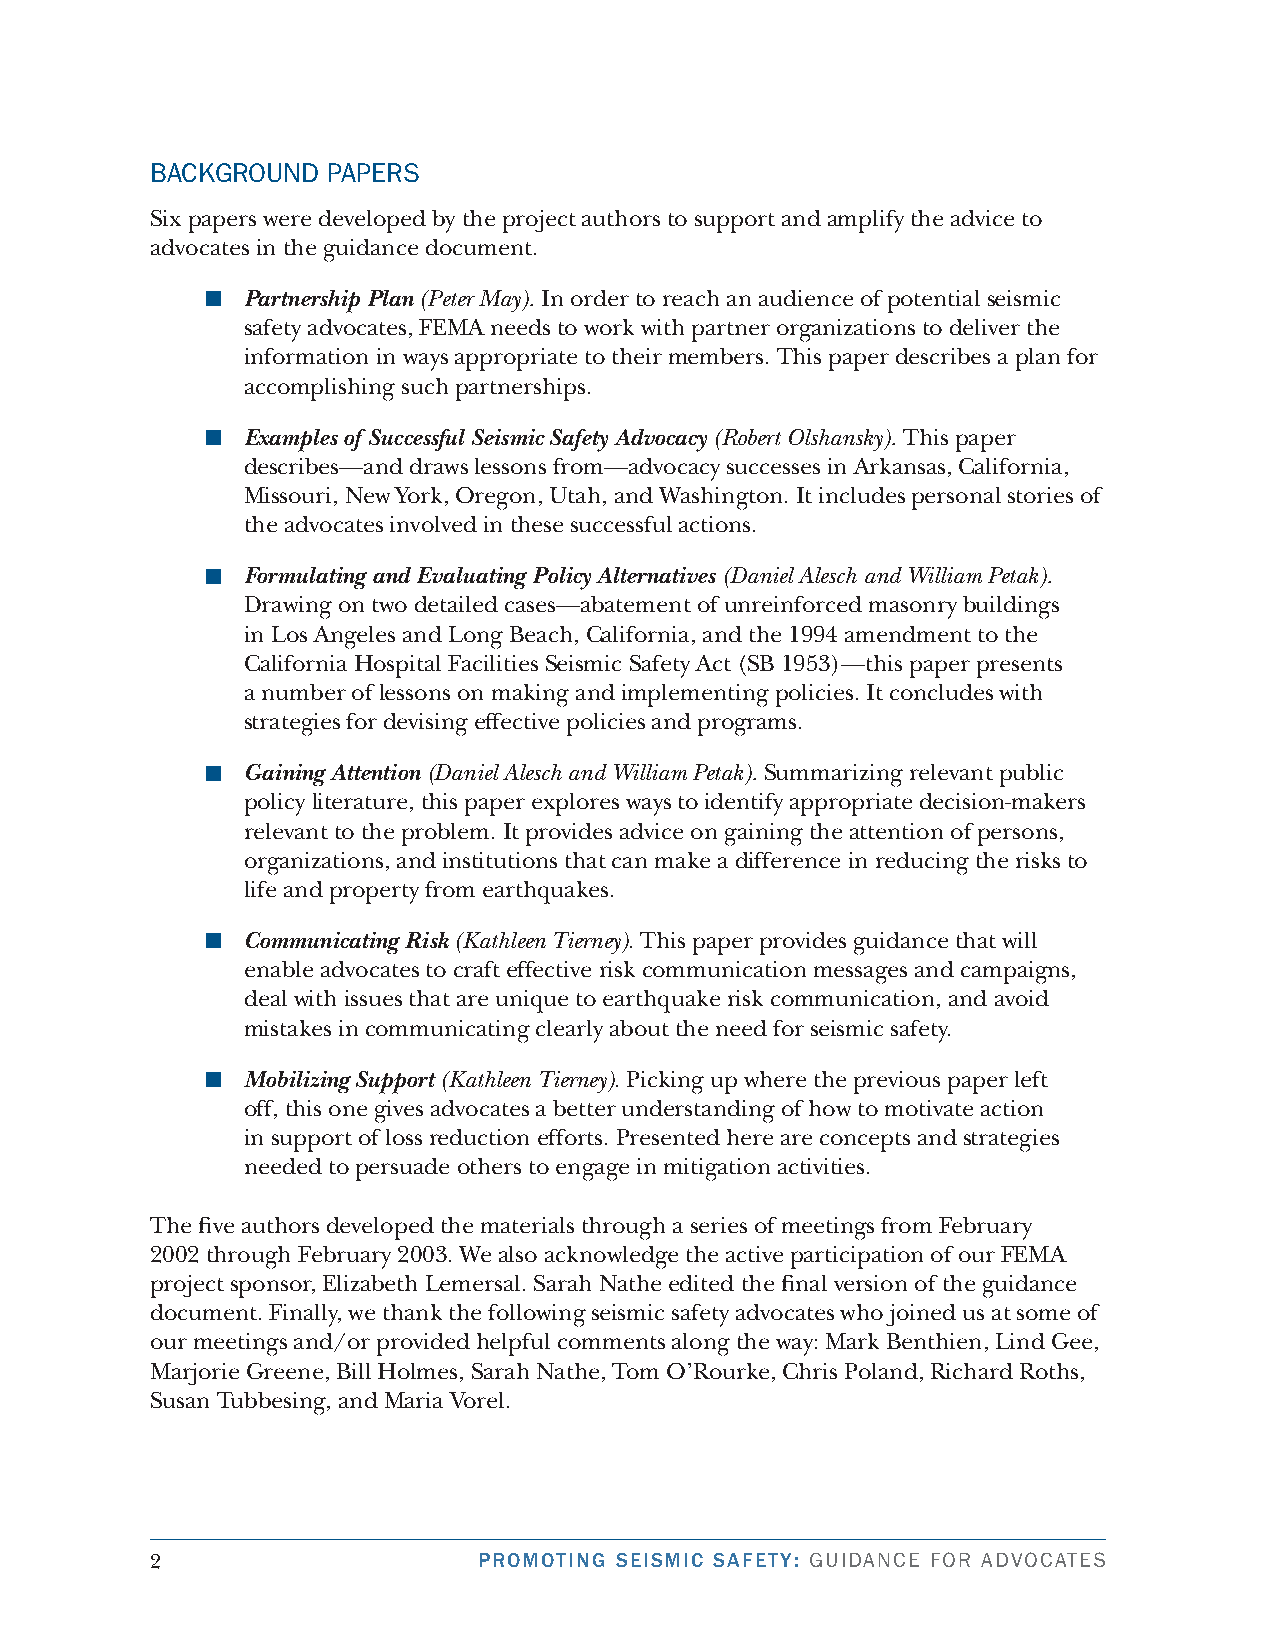
bAcKGround  PAPers
 Six papers were developed by the project authors to support and amplify the advice to
 advocates in the guidance document.
 Partnership Plan (Peter May). In order to reach an audience of potential seismic
 safety advocates, FEMA needs to work with partner organizations to deliver the
 information in ways appropriate to their members. This paper describes a plan for
 accomplishing such partnerships.
 Examples of Successful Seismic Safety Advocacy (Robert Olshansky). This paper
 describes—and draws lessons from—advocacy successes in Arkansas, California,
 Missouri, New York, Oregon, Utah, and Washington. It includes personal stories of
 the advocates involved in these successful actions.
 Formulating and Evaluating Policy Alternatives (Daniel Alesch and William Petak).
 Drawing on two detailed cases—abatement of unreinforced masonry buildings
 in Los Angeles and Long Beach, California, and the 994 amendment to the
 California Hospital Facilities Seismic Safety Act (SB 953)—this paper presents
 a number of lessons on making and implementing policies. It concludes with
 strategies for devising effective policies and programs.
 Gaining Attention (Daniel Alesch and William Petak). Summarizing relevant public
 policy literature, this paper explores ways to identify appropriate decision-makers
 relevant to the problem. It provides advice on gaining the attention of persons,
 organizations, and institutions that can make a difference in reducing the risks to
 life and property from earthquakes.
 Communicating Risk (Kathleen Tierney). This paper provides guidance that will
 enable advocates to craft effective risk communication messages and campaigns,
 deal with issues that are unique to earthquake risk communication, and avoid
 mistakes in communicating clearly about the need for seismic safety.
 Mobilizing Support (Kathleen Tierney). Picking up where the previous paper left
 off, this one gives advocates a better understanding of how to motivate action
 in support of loss reduction efforts. Presented here are concepts and strategies
 needed to persuade others to engage in mitigation activities.
 The five authors developed the materials through a series of meetings from February
 2002 through February 2003. We also acknowledge the active participation of our FEMA
 project sponsor, Elizabeth Lemersal. Sarah Nathe edited the final version of the guidance
 document. Finally, we thank the following seismic safety advocates who joined us at some of
 our meetings and/or provided helpful comments along the way: Mark Benthien, Lind Gee,
 Marjorie Greene, Bill Holmes, Sarah Nathe, Tom O’Rourke, Chris Poland, Richard Roths,
 Susan Tubbesing, and Maria Vorel.
 2                     PROMOTING SEISMIC SAFETY: GuidAnce for AdvocAtes